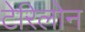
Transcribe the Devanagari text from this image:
टेरिलोन